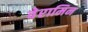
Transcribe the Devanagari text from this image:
वेरामिन